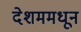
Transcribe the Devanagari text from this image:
देशममधून